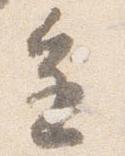
進